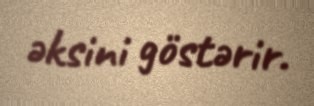
əksini göstərir.